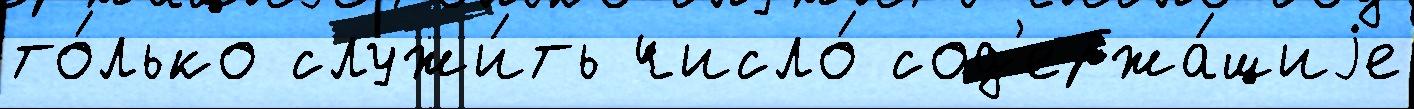
то́лько служи́ть число́ сод'ержа́щиjе